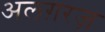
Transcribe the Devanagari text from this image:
अलग़रज़